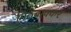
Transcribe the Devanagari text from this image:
मिठबावकर